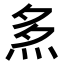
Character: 𤈕